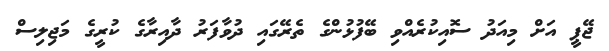
ޖޭޕީ އަށް މިއަދު ސޮއިކުރެއްވި ބޭފުޅުންގެ ތެރޭގައި ދުވާފަރު ދާއިރާގެ ކުރީގެ މަޖިލިސް